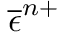
\overline { { \epsilon } } ^ { n + }